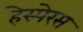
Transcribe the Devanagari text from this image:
हेस्पेरस